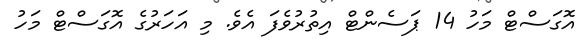
އޮގަސްޓް މަހު 14 ޕަސެންޓް އިތުރުވެފަ އެވެ. މި އަހަރުގެ އޮގަސްޓް މަހު